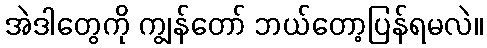
အဲဒါတွေကို ကျွန်တော် ဘယ်တော့ပြန်ရမလဲ။